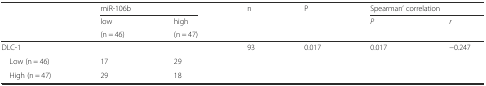
| <ROWSPAN=3>  | <COLSPAN=2> miR-106b | <ROWSPAN=3> n | <ROWSPAN=3> P | <COLSPAN=2> Spearman’ correlation |
 | low | high | <ROWSPAN=2> P | <ROWSPAN=2> r |
 | (n = 46) | (n = 47) |
 | --- | --- | --- | --- | --- | --- | --- |
 | DLC-1 |  |  | 93 | 0.017 | 0.017 | −0.247 |
 | Low (n = 46) | 17 | 29 | <ROWSPAN=2>  | <ROWSPAN=2>  | <ROWSPAN=2>  | <ROWSPAN=2>  |
 | High (n = 47) | 29 | 18 |